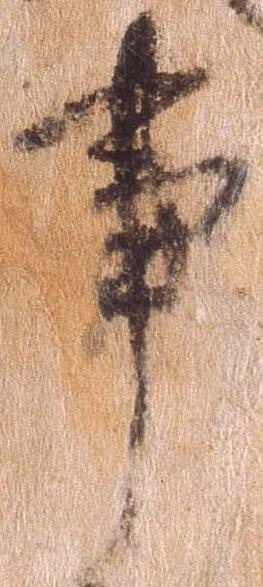
事